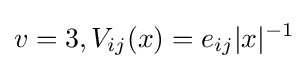
v=3,V_{ij}(x)=e_{ij}|x|^{-1}